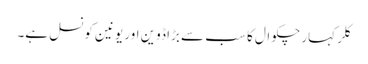
کلر کہار چکوال کا سب سے بڑا ڈوین اور یونین کونسل ہے۔